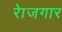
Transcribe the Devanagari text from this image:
राेजगार